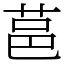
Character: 䓃